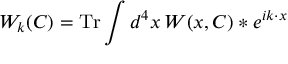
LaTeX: W _ { k } ( C ) = \mathrm { T r } \int d ^ { 4 } x \, W ( x , C ) \ast e ^ { i k \cdot x }